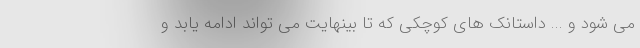
می شود و ... داستانک های کوچکی که تا بینهایت می تواند ادامه یابد و